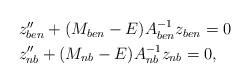
\begin{align*} \begin{aligned} & z''_{ben} +(M_{ben}-E)A_{ben}^{-1} z_{ben}=0 \\ & z''_{nb} +(M_{nb}-E) A_{nb}^{-1} z_{nb}=0,\end{aligned}\end{align*}